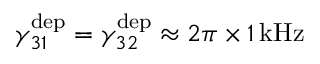
\gamma _ { 3 1 } ^ { \mathrm { d e p } } = \gamma _ { 3 2 } ^ { \mathrm { d e p } } \approx 2 \pi \times 1 \, \mathrm { k H z }